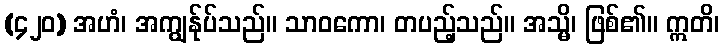
(၄၂၀) အဟံ၊ အကျွန်ုပ်သည်။ သာဝကော၊ တပည့်သည်။ အသ္မိ၊ ဖြစ်၏။ ဣတိ၊